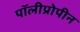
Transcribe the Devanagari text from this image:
पॉलीप्रोपीन